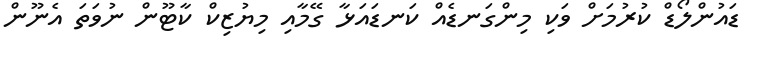
ޑައުންލޯޑް ކުރުމަށް ވަކި މިންގަނޑެއް ކަނޑައަޅާ ގޭމާއި މިޔުޒިކް ކާޓޫން ނުވަތަ އެނޫން